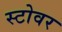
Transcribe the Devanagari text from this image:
स्टोवर